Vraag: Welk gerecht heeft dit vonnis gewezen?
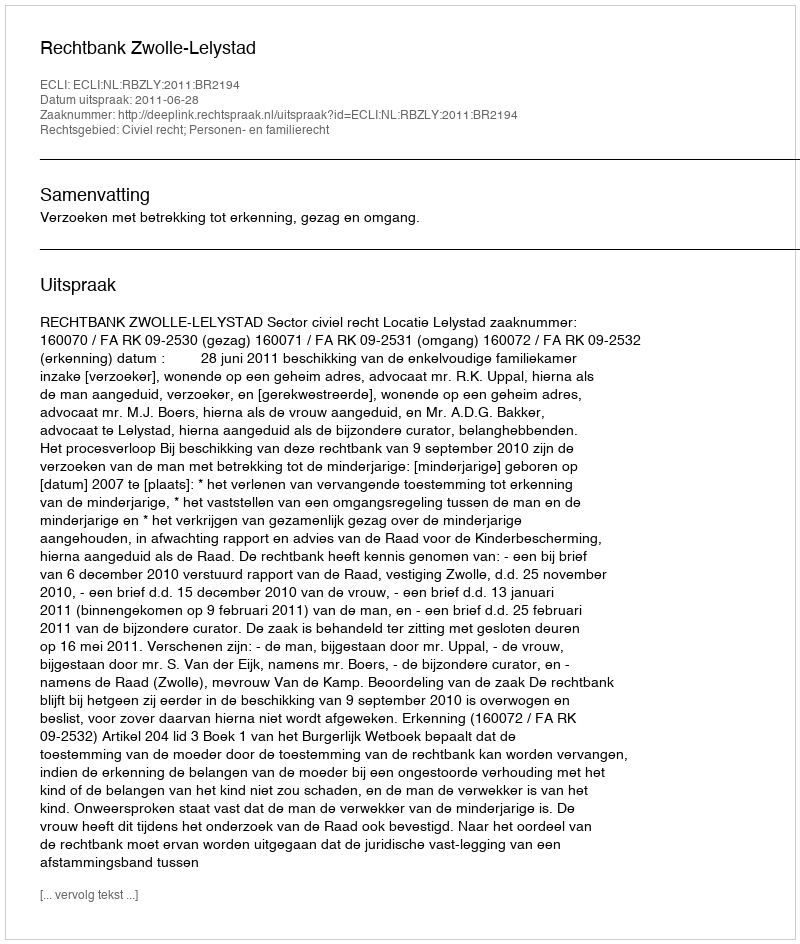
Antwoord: Rechtbank Zwolle-Lelystad